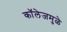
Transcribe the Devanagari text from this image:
कॉलेजमुळे